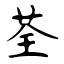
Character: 荃